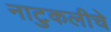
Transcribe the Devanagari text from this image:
नाटुकलीचे